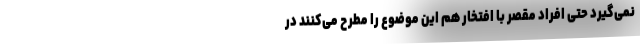
نمی‌گیرد حتی افراد مقصر با افتخار هم این موضوع را مطرح می‌کنند در